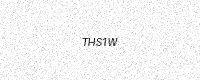
Text: THS1W